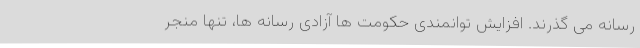
رسانه می گذرند. افزایش توانمندی حکومت ها آزادی رسانه ها، تنها منجر